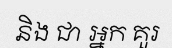
និង ជា អ្នក គួរ